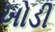
ખોડી